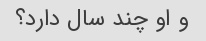
و او چند سال دارد؟